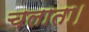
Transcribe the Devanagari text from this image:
चलाता।